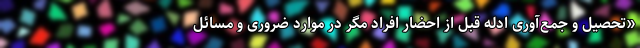
«تحصیل و جمع‌آوری ادله قبل از احضار افراد مگر در موارد ضروری و مسائل